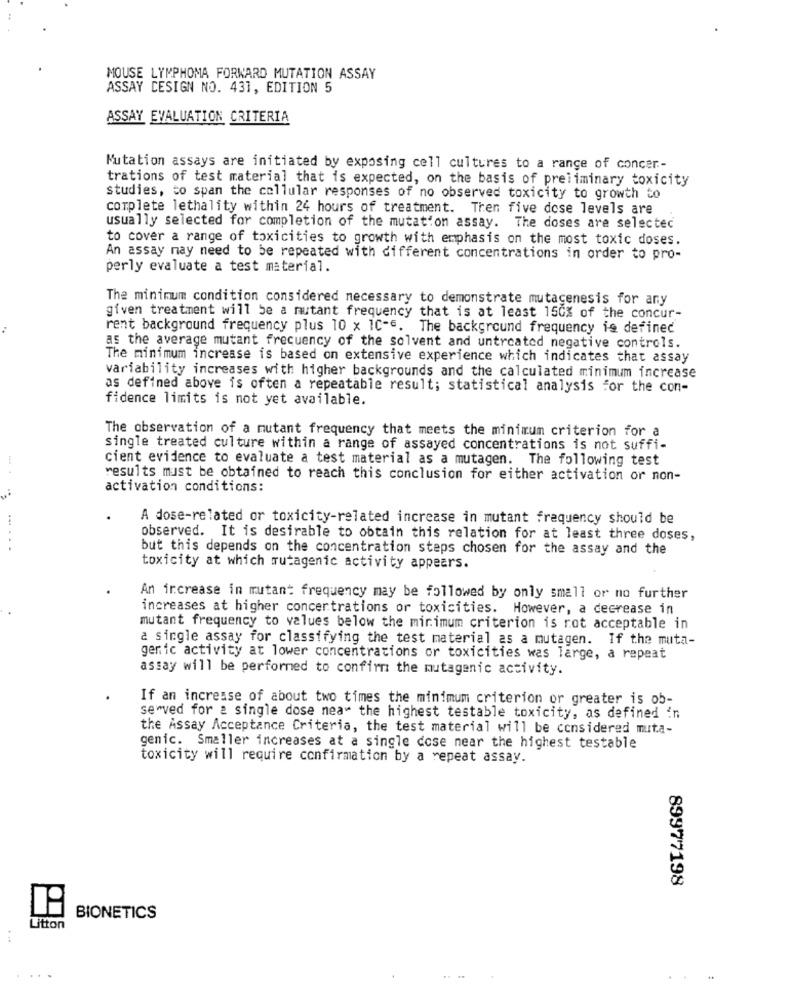
MOUSE LYMPHOMA FORWARD MUTATION ASSAY
ASSAY DESIGN NO. 431, EDITION 5
ASSAY EVALUATION CRITERIA
Mutation assays are initiated by exposing cell cultures to a range of concer-
trations of test material that is expected, on the basis of preliminary toxicity
studies, to span the cellular responses of no observed toxicity to growth to
complete lethality within 24 hours of treatment. Then five dose levels are
usually selected for completion of the mutation assay. The doses are selected
to cover a range of toxicities to growth with emphasis on the most toxic doses.
An assay may need to be repeated with different concentrations in order to pro-
perly evaluate a test material.
The minimum condition considered necessary to demonstrate mutagenesis for any
given treatment will be a mutant frequency that is at least 150% of the concur-
rent background frequency plus 10 x 10-6. The background frequency is defined
as the average mutant frequency of the solvent and untreated negative controls.
The minimum increase is based on extensive experience which indicates that assay
variability increases with higher backgrounds and the calculated minimum increase
as defined above is often a repeatable result; statistical analysis for the con-
fidence limits is not yet available.
The observation of a mutant frequency that meets the minimum criterion for a
single treated culture within a range of assayed concentrations is not suffi-
cient evidence to evaluate a test material as a mutagen. The following test
results must be obtained to reach this conclusion for either activation or non-
activation conditions:
A dose-related or toxicity-related increase in mutant frequency should be
observed. It is desirable to obtain this relation for at least three doses,
......
but this depends on the concentration steps chosen for the assay and the
toxicity at which mutagenic activity appears.
An increase in mutant frequency may be followed by only small or no further
increases at higher concentrations or toxicities. However, a decrease in
mutant frequency to values below the minimum criterion is rot acceptable in
a single assay for classifying the test material as a mutagen. If the muta-
genic activity at lower concentrations or toxicities was large, a repeat
assay will be performed to confirm the mutagenic activity.
If an increase of about two times the minimum criterion or greater is ob-
served for a single dose nea" the highest testable toxicity, as defined in
the Assay Acceptance Criteria, the test material will be considered muta-
genic. Smaller increases at a single dose near the highest testable
toxicity will require confirmation by a repeat assay.
89977198
BIONETICS
Litton
..
....